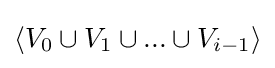
\langle V_{0}\cup V_{1}\cup ...\cup V_{i-1}\rangle